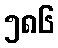
၅၈၆